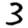
Digit: 3